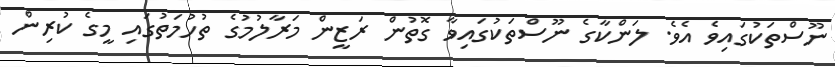
ނޫސްތަކުގައިވެ އެވެ. ލަންކާގެ ނޫސްތަކުގައިވާ ގޮތުން ރަޒީން މަރާލުމުގެ ތުހުމަތުގައި މީގެ ކުރިން